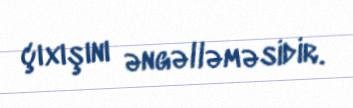
çıxışını əngəlləməsidir.